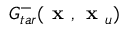
G _ { t a r } ^ { - } ( \textbf { x } , \textbf { x } _ { u } )